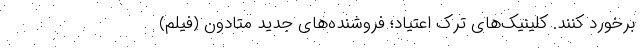
برخورد کنند. کلینیک‌های ترک اعتیاد؛ فروشنده‌های جدید متادون (فیلم)